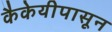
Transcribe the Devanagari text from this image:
कैकेयीपासून